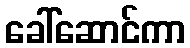
ခေါ်ဆောင်ကာ